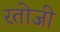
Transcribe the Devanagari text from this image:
रतोजी